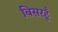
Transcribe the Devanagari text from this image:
बिसरहूँ